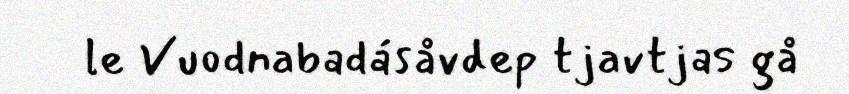
le Vuodnabadásåvdep tjavtjas gå